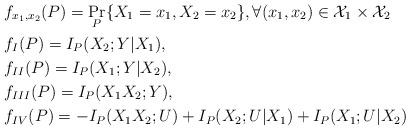
LaTeX: \begin{align*}&f_{x_1,x_2}(P)=\Pr_{P}\{X_1=x_1,X_2=x_2\},\forall (x_1,x_2)\in\mathcal{X}_1\times \mathcal{X}_2 \\&f_I(P)=I_P(X_2;Y|X_1),\\&f_{II}(P)= I_P(X_1;Y|X_2),\\&f_{III}(P)= I_P(X_1X_2;Y),\\&f_{IV}(P)= -I_P(X_1X_2;U)+I_P(X_2;U|X_1)+I_P(X_1;U|X_2)\end{align*}